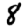
Digit: 8